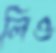
লিও